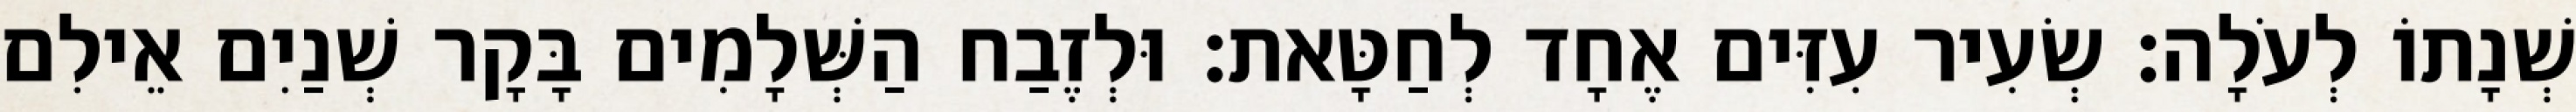
שְׁנָתוֹ לְעֹלָה׃ שְׂעִיר עִזִּים אֶחָד לְחַטָּאת׃ וּלְזֶבַח הַשְּׁלָמִים בָּקָר שְׁנַיִם אֵילִם